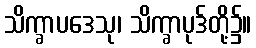
သိက္ခာပဒေသု၊ သိက္ခာပုဒ်တို့၌။